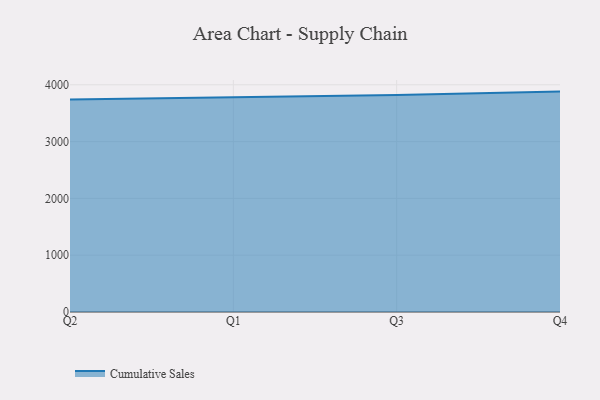
{"axis": {"x": "Quarter", "y": "Churn Rate (%)"}, "legend": ["Cumulative Sales"], "data": [{"x": "Q2", "y": 3739.6, "type": "Cumulative Sales"}, {"x": "Q1", "y": 3783.4, "type": "Cumulative Sales"}, {"x": "Q3", "y": 3820.5, "type": "Cumulative Sales"}, {"x": "Q4", "y": 3879.7, "type": "Cumulative Sales"}]}